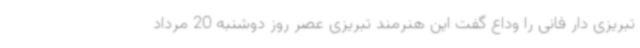
تبریزی دار فانی را وداع گفت این هنرمند تبریزی عصر روز دوشنبه 20 مرداد